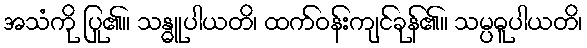
အသံကို ပြု၏။ သန္ဓူပါယတိ၊ ထက်ဝန်းကျင်ခုန်၏။ သမ္ပဓူပါယတိ၊